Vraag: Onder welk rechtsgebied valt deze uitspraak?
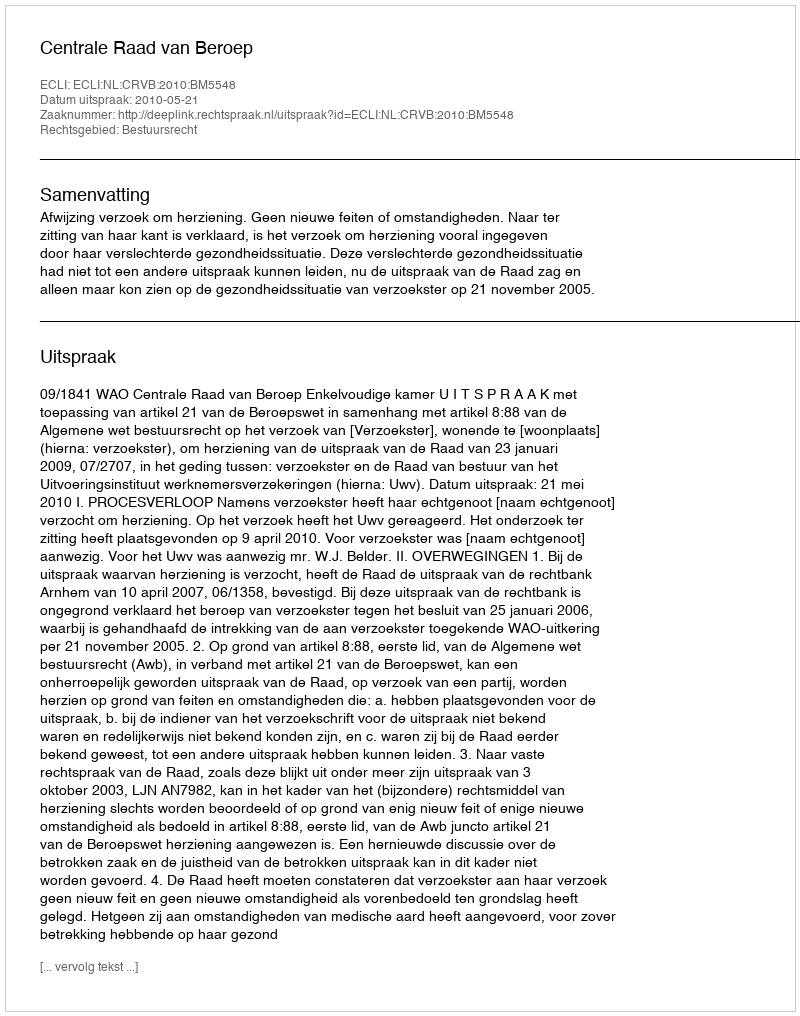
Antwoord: Bestuursrecht